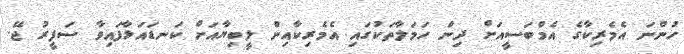
ހުންނަ އެމެރިކާގެ އެމްބަސީއަށް ދިން ހަމަލާތަކުގައި އެމެރިކާއިން ލީބިޔާއަށް ކަނޑައަޅާފައިވާ ސަފީރު ޖޭ.